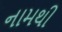
નામથી